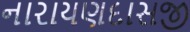
નારાયણદાસજી